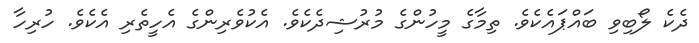
ދެކެ ލޯބިވި ބައްޕައެކެވެ. ތިމާގެ މީހުންގެ މުރުޝިދެކެވެ. އެކުވެރިންގެ އެހީތެރި އެކެވެ. ހުރިހާ